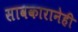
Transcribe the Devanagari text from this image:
सावकारानेही